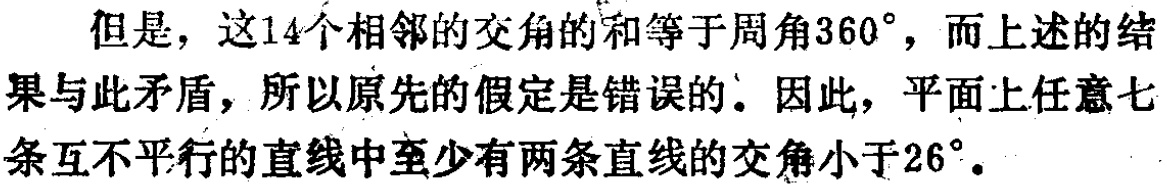
但是，这14个相邻的交角的和等于周角\(360^{\circ}\)，而上述的结果与此矛盾，所以原先的假定是错误的。因此，平面上任意七条互不平行的直线中至少有两条直线的交角小于\(26^{\circ}\)。